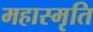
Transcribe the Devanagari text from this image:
महास्मृति